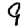
Digit: 9